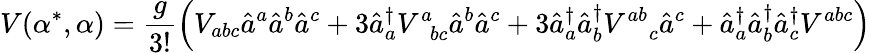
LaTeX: V(\alpha^{*},\alpha)=\frac{g}{3!}\left(V_{abc}\hat{a}^{a}\hat{a}^{b}\hat{a}^{c}+3\hat{a}_{a}^{\dagger}V_{\; \; bc}^{a}\hat{a}^{b}\hat{a}^{c}+3\hat{a}_{a}^{\dagger}\hat{a}_{b}^{\dagger}V_{\quad c}^{ab}\hat{a}^{c}+\hat{a}_{a}^{\dagger}\hat{a}_{b}^{\dagger}\hat{a}_{c}^{\dagger}V^{abc}\right)